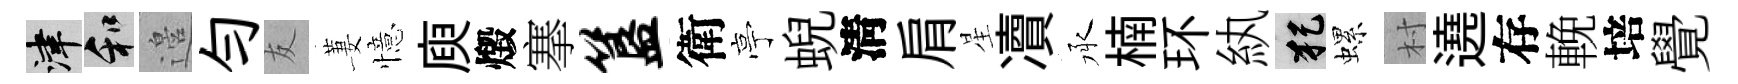
津和邉勻友萋憶庾燬搴簋衛亭蜺淸肩星凟承楠环紈犯螺村遶存輓培覺